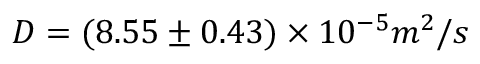
D = ( 8 . 5 5 \pm 0 . 4 3 ) \times 1 0 ^ { - 5 } m ^ { 2 } / s